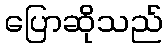
ပြောဆိုသည်